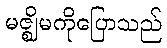
မဇ္ဈိမကိုပြောသည်